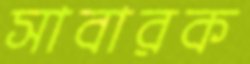
সাবারক